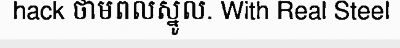
hack ថាមពលស្នូល. With Real Steel